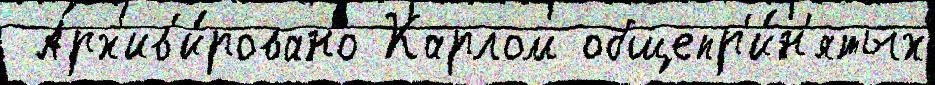
 Арх'ив'и́ровано Карлом общепр'и́н'ятых